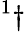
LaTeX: ^{1}\dagger